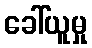
ခေါ်ယူမှု